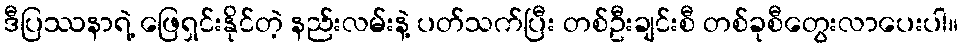
ဒီပြဿနာရဲ့ ဖြေရှင်းနိုင်တဲ့ နည်းလမ်းနဲ့ ပတ်သက်ပြီး တစ်ဦးချင်းစီ တစ်ခုစီတွေးလာပေးပါ။